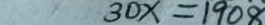
3 0 x = 1 9 0 8